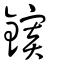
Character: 𨬄